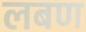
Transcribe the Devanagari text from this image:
लबण